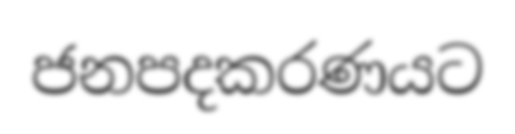
ජනපදකරණයට